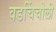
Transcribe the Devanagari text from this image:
वडचिंचोली